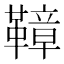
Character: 𩌬